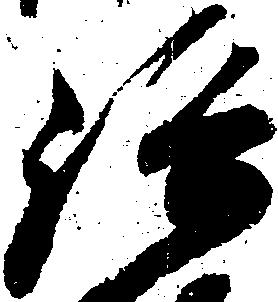
路